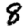
Digit: 8